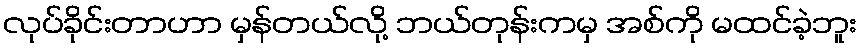
လုပ်ခိုင်းတာဟာ မှန်တယ်လို့ ဘယ်တုန်းကမှ အစ်ကို မထင်ခဲ့ဘူး